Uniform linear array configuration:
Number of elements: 8
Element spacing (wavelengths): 0.75
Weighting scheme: uniform
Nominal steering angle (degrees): -45
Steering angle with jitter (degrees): -46.75
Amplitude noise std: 0.05
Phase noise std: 0.05

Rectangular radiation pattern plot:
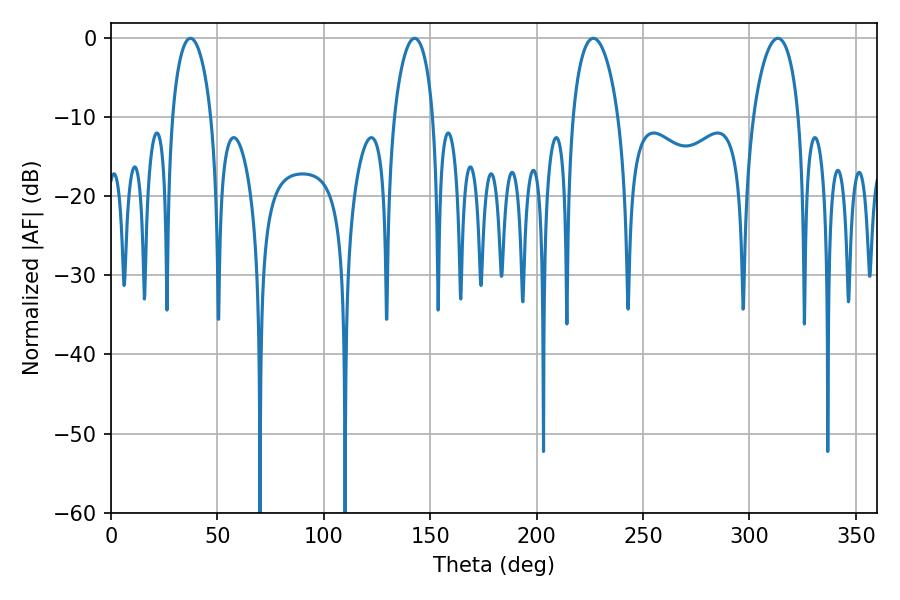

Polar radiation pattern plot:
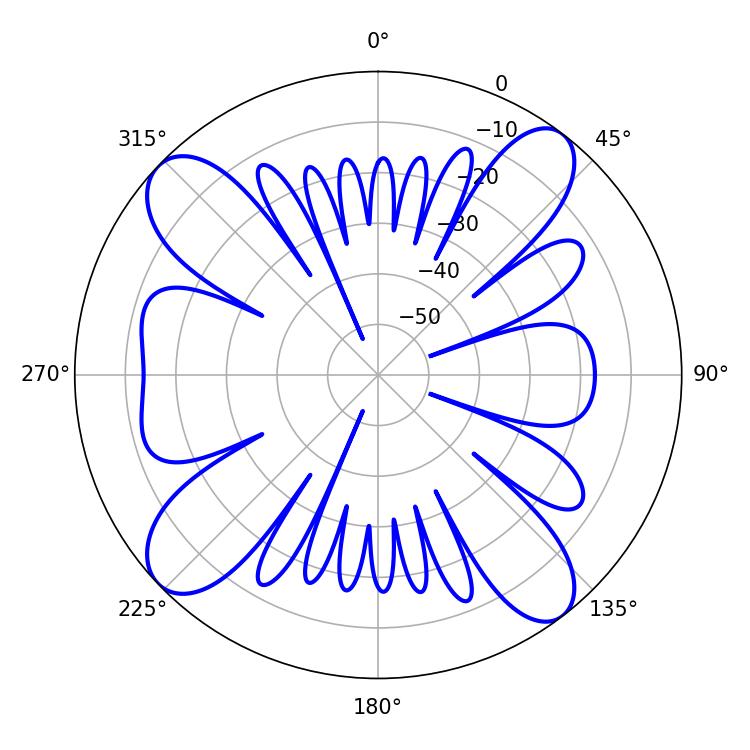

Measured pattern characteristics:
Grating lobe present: TRUE
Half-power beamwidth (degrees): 12.24
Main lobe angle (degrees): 226.62